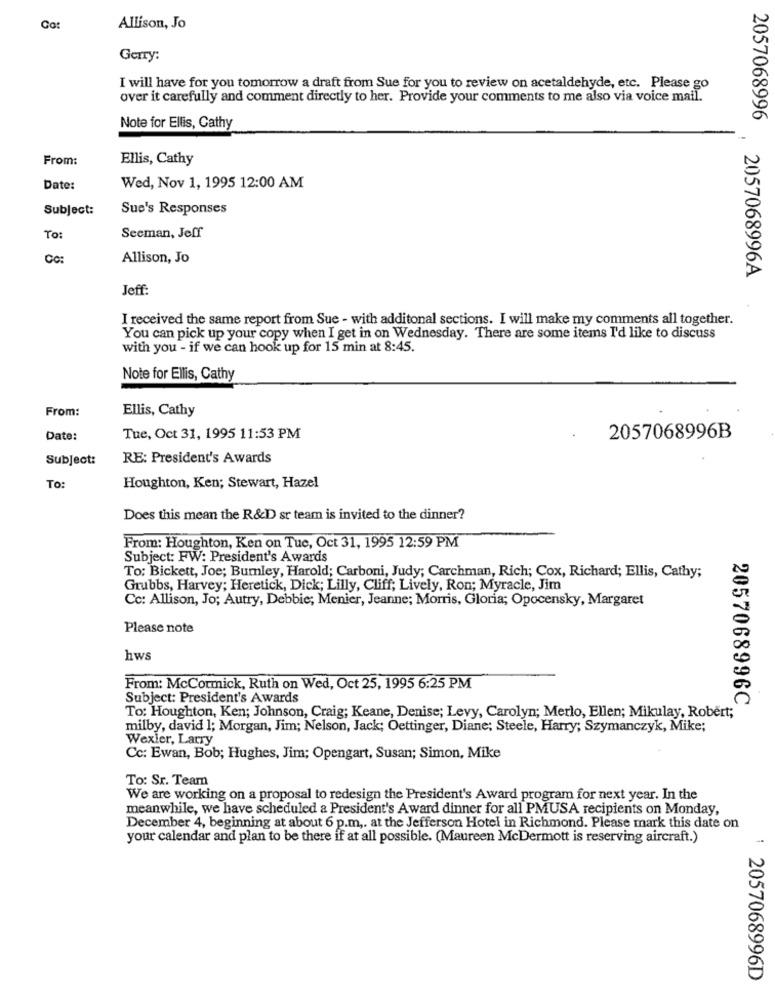
Co:
Allison, Jo
Gerry:
I will have for you tomorrow a draft from Sue for you to review on acetaldehyde, etc. Please go
over it carefully and comment directly to her. Provide your comments to me also via voice mail.
2057068996
Note for Ellis, Cathy
From:
Ellis, Cathy
Date:
Wed, Nov 1, 1995 12:00 AM
Subject:
Sue's Responses
To:
Seeman, Jeff
CO:
Allison, Jo
. 2057068996A
Jeff:
I received the same report from Sue - with additonal sections. I will make my comments all together.
You can pick up your copy when I get in on Wednesday. There are some items I'd like to discuss
with you - if we can hook up for 15 min at 8:45.
Note for Ellis, Cathy
From:
Ellis, Cathy
Date:
Tue, Oct 31, 1995 11:53 PM
2057068996B
Subject:
RE: President's Awards
To:
Houghton, Ken; Stewart, Hazel
Does this mean the R&D sr team is invited to the dinner?
From: Houghton, Ken on Tue, Oct 31, 1995 12:59 PM
Subject: FW: President's Awards
To: Bickett, Joe; Bumley, Harold; Carboni, Judy; Carchman, Rich; Cox, Richard; Ellis, Cathy;
Grubbs, Harvey; Heretick, Dick; Lilly, Cliff; Lively, Ron; Myracle, Jim
Cc: Allison, Jo; Autry, Debbie; Menier, Jeanne; Morris, Gloria; Opocensky, Margaret
Please note
hws
From: McCormick, Ruth on Wed, Oct 25, 1995 6:25 PM
Subject: President's Awards
2057068996C
To: Houghton, Ken; Johnson, Craig; Keane, Denise; Levy, Carolyn; Merlo, Ellen; Mikulay, Robert;
milby, david 1; Morgan, Jim; Nelson, Jack; Oettinger, Diane; Steele, Harry; Szymanczyk, Mike;
Wexler, Larry
Cc: Ewan, Bob; Hughes, Jim; Opengart, Susan; Simon, Mike
To: Sr. Team
We are working on a proposal to redesign the President's Award program for next year. In the
meanwhile, we have scheduled a President's Award dinner for all PMUSA recipients on Monday,
December 4, beginning at about 6 p.m ,. at the Jefferson Hotel in Richmond. Please mark this date on
your calendar and plan to be there if at all possible. (Maureen McDermott is reserving aircraft.)
1 2057068996D